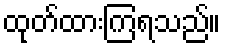
ထုတ်ထားကြရသည်။